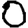
Digit: 0